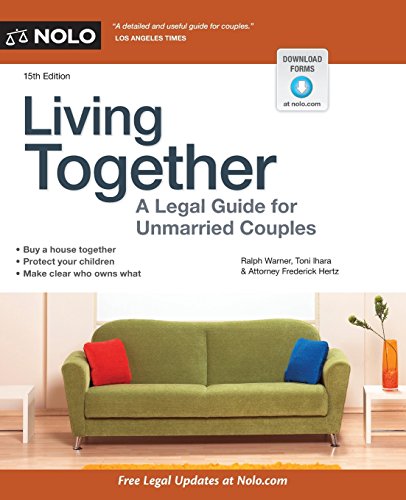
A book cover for Living Together: A Legal Guide for Unmarried Couples; Ralph Warner; Law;